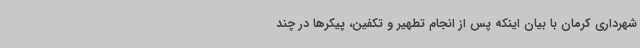
شهرداری کرمان با بیان اینکه پس از انجام تطهیر و تکفین، پیکرها در چند